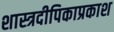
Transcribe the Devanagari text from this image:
शास्त्रदीपिकाप्रकाश